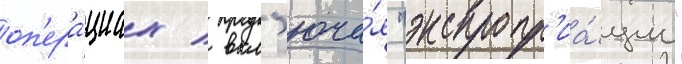
оп'ера́циах / вкл'юча́я "экспропр'иа́ции"